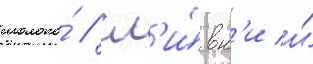
молоко́ / сл'и́вк'и и́